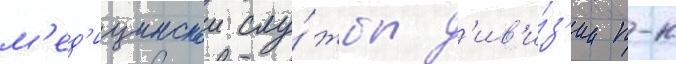
м'ед'ицинскои слу́жбы д'ив'и́з'ии п-к